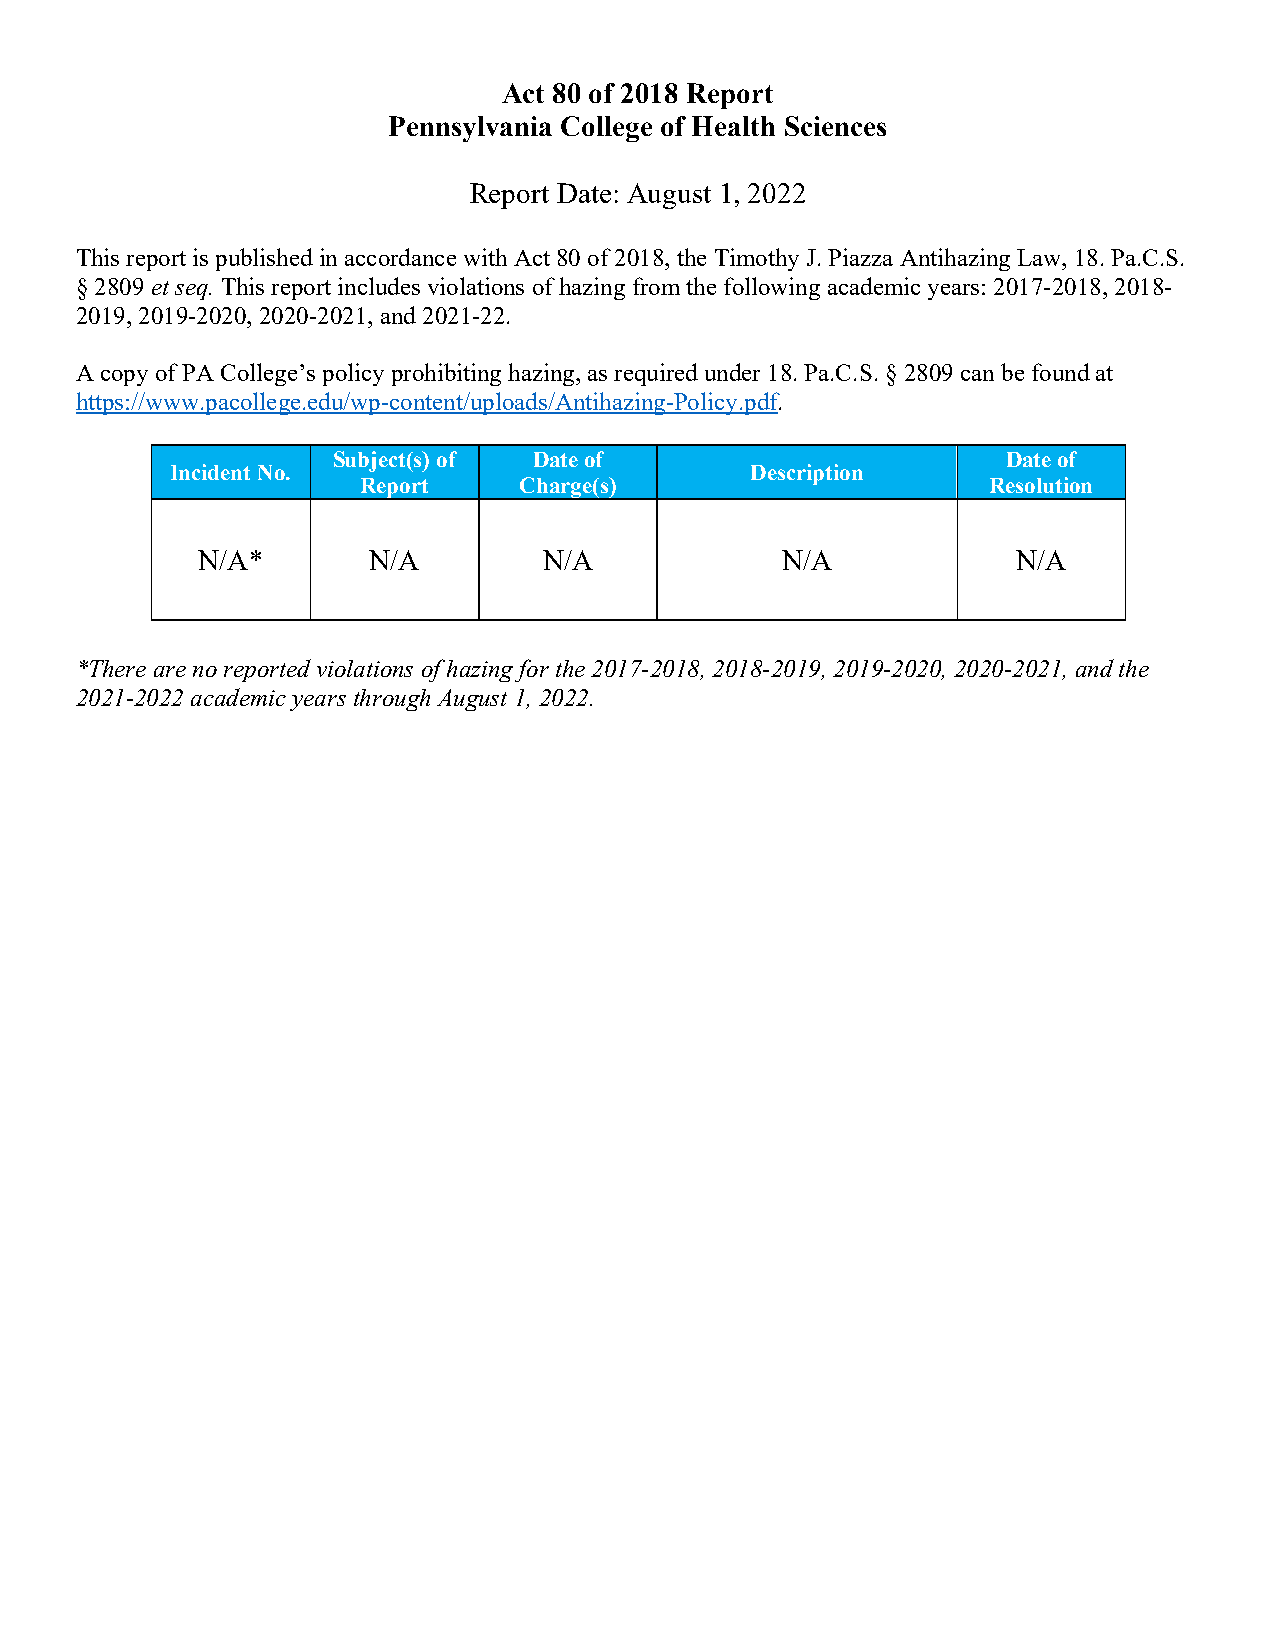
Act 80 of 2018 Report
 Pennsylvania College of Health Sciences
 Report Date: August 1, 2022
 This report is published in accordance with Act 80 of 2018, the Timothy J. Piazza Antihazing Law, 18. Pa.C.S.
 § 2809 et seq. This report includes violations of hazing from the following academic years: 2017-2018, 2018-
 2019, 2019-2020, 2020-2021, and 2021-22.
 A copy of PA College’s policy prohibiting hazing, as required under 18. Pa.C.S. § 2809 can be found at
 https://www.pacollege.edu/wp-content/uploads/Antihazing-Policy.pdf.
 Subject(s) of Date of                        Date of
 Incident No.                           Description
 Report    Charge(s)                      Resolution
 N/A*       N/A         N/A             N/A            N/A
 *There are no reported violations of hazing for the 2017-2018, 2018-2019, 2019-2020, 2020-2021, and the
 2021-2022 academic years through August 1, 2022.